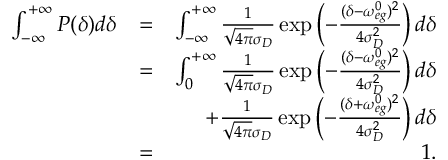
\begin{array} { r l r } { \int _ { - \infty } ^ { + \infty } P ( \delta ) d \delta } & { = } & { \int _ { - \infty } ^ { + \infty } \frac { 1 } { \sqrt { 4 \pi } \sigma _ { D } } \exp \left( - \frac { ( \delta - \omega _ { e g } ^ { 0 } ) ^ { 2 } } { 4 \sigma _ { D } ^ { 2 } } \right) d \delta } \\ & { = } & { \int _ { 0 } ^ { + \infty } \frac { 1 } { \sqrt { 4 \pi } \sigma _ { D } } \exp \left( - \frac { ( \delta - \omega _ { e g } ^ { 0 } ) ^ { 2 } } { 4 \sigma _ { D } ^ { 2 } } \right) d \delta } \\ & { } & { + \frac { 1 } { \sqrt { 4 \pi } \sigma _ { D } } \exp \left( - \frac { ( \delta + \omega _ { e g } ^ { 0 } ) ^ { 2 } } { 4 \sigma _ { D } ^ { 2 } } \right) d \delta } \\ & { = } & { 1 . } \end{array}